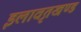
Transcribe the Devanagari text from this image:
इलावृतखण्ड